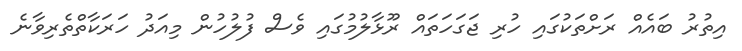
އިތުރު ބައެއް ރަށްތަކުގައި ހުރި ޖަގަހަތައް ރޫޅާލުމުގައި ވެސް ފުލުހުން މިއަދު ހަރަކާތްތެރިވާނެ